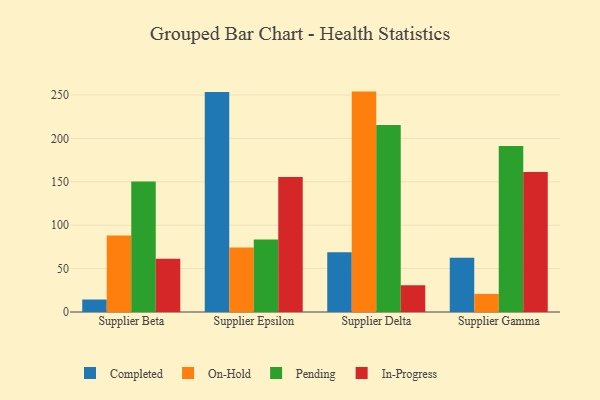
{"axis": {"x": "Supplier", "y": "Shipments"}, "legend": ["Completed", "In-Progress", "On-Hold", "Pending"], "data": [{"x": "Supplier Beta", "y": 14.4, "type": "Completed"}, {"x": "Supplier Beta", "y": 88.2, "type": "On-Hold"}, {"x": "Supplier Beta", "y": 150.2, "type": "Pending"}, {"x": "Supplier Beta", "y": 61.4, "type": "In-Progress"}, {"x": "Supplier Epsilon", "y": 253.5, "type": "Completed"}, {"x": "Supplier Epsilon", "y": 74.2, "type": "On-Hold"}, {"x": "Supplier Epsilon", "y": 83.5, "type": "Pending"}, {"x": "Supplier Epsilon", "y": 155.4, "type": "In-Progress"}, {"x": "Supplier Delta", "y": 68.8, "type": "Completed"}, {"x": "Supplier Delta", "y": 253.9, "type": "On-Hold"}, {"x": "Supplier Delta", "y": 215.3, "type": "Pending"}, {"x": "Supplier Delta", "y": 30.8, "type": "In-Progress"}, {"x": "Supplier Gamma", "y": 62.6, "type": "Completed"}, {"x": "Supplier Gamma", "y": 20.8, "type": "On-Hold"}, {"x": "Supplier Gamma", "y": 191.2, "type": "Pending"}, {"x": "Supplier Gamma", "y": 161.4, "type": "In-Progress"}]}